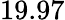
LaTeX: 19.97